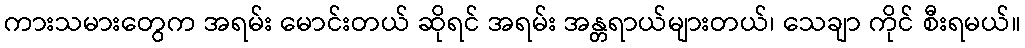
ကားသမားတွေက အရမ်း မောင်းတယ် ဆိုရင် အရမ်း အန္တရာယ်များတယ်၊ သေချာ ကိုင် စီးရမယ်။